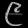
Digit: ၉